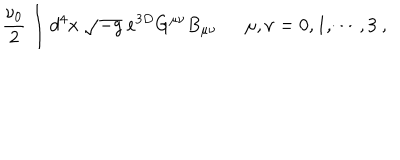
\frac { \nu _ { 0 } } { 2 } \int d ^ { 4 } x \ \sqrt { - g } \ e ^ { 3 D } G ^ { \mu \nu } B _ { \mu \nu } { } ~ ~ \ \mu , \nu = 0 , 1 , \cdots , 3 \ ,